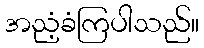
အညံ့ခံကြပါသည်။